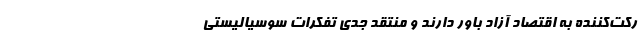
رکت‌کننده به اقتصاد آزاد باور دارند و منتقد جدی تفکرات سوسیالیستی